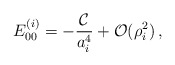
\begin{align*}E_{00}^{(i)} = -\frac{{\cal C}}{a_i^4} + {\cal O}(\rho_i^2)\,,\end{align*}